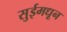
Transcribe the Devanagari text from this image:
सुईमधून